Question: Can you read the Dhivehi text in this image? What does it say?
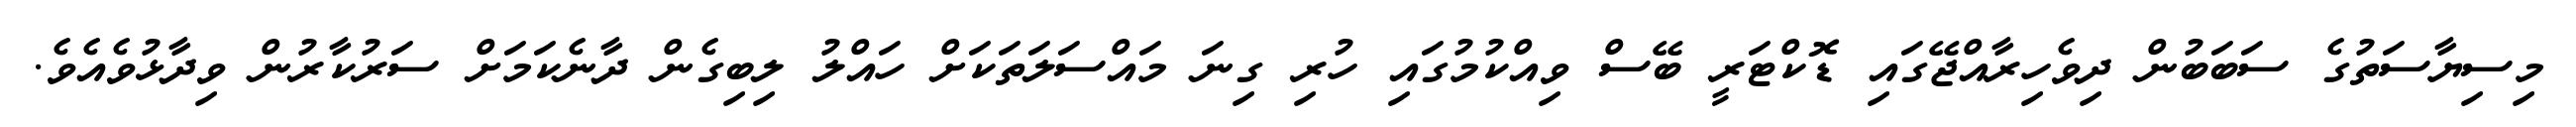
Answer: މިސިޔާސަތުގެ ސަބަބުން ދިވެހިރާއްޖޭގައި ޑޮކްޓަރީ ބޭސް ވިއްކުމުގައި ހުރި ގިނަ މައްސަލަތަކަށް ހައްލު ލިބިގެން ދާނެކަމަށް ސަރުކާރުން ވިދާޅުވެއެވެ.